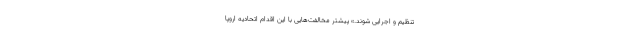
تنظیم و اجرایی شوند.» پیشتر مخالفت‌هایی با این اقدام اتحادیه اروپا